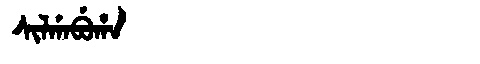
Manchu: ᠰᡳᠯᡤᠠᠪᡠᡥᠠ
Romanization: SILGABUHA